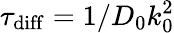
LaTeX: \tau_{\mathrm{diff}}=1/D_{0}k_{0}^{2}